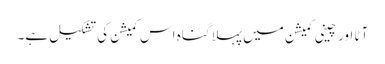
آٹا اور چینی کمیشن میں پہلا گناہ اس کمیشن کی تشکیل ہے۔